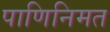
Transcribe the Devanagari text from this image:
पाणिनिमत